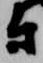
尉